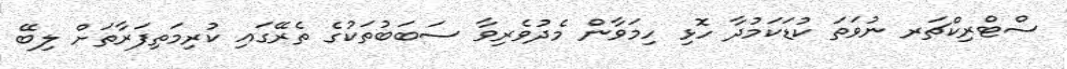
ސްޓްރިކްޗަރ ނުވަތަ ކުޑަކަމުދާ ހޮޅި ހިމަވާން މެދުވެރިވާ ސަބަބުތަކުގެ ތެރޭގައި ކުރިމަތިފަރާތަށް ލިބޭ